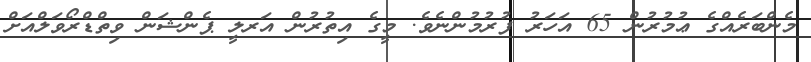
މެންބަރެއްގެ ޢުމުރުން 65 އަހަރު ފުރުމުންނެވެ. މީގެ އިތުރުން އަރލީ ޕެންޝަން ވިތްޑްރޯވަލްއަށް